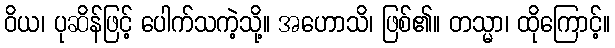
ဝိယ၊ ပုဆိန်ဖြင့် ပေါက်သကဲ့သို့။ အဟောသိ၊ ဖြစ်၏။ တသ္မာ၊ ထိုကြောင့်။